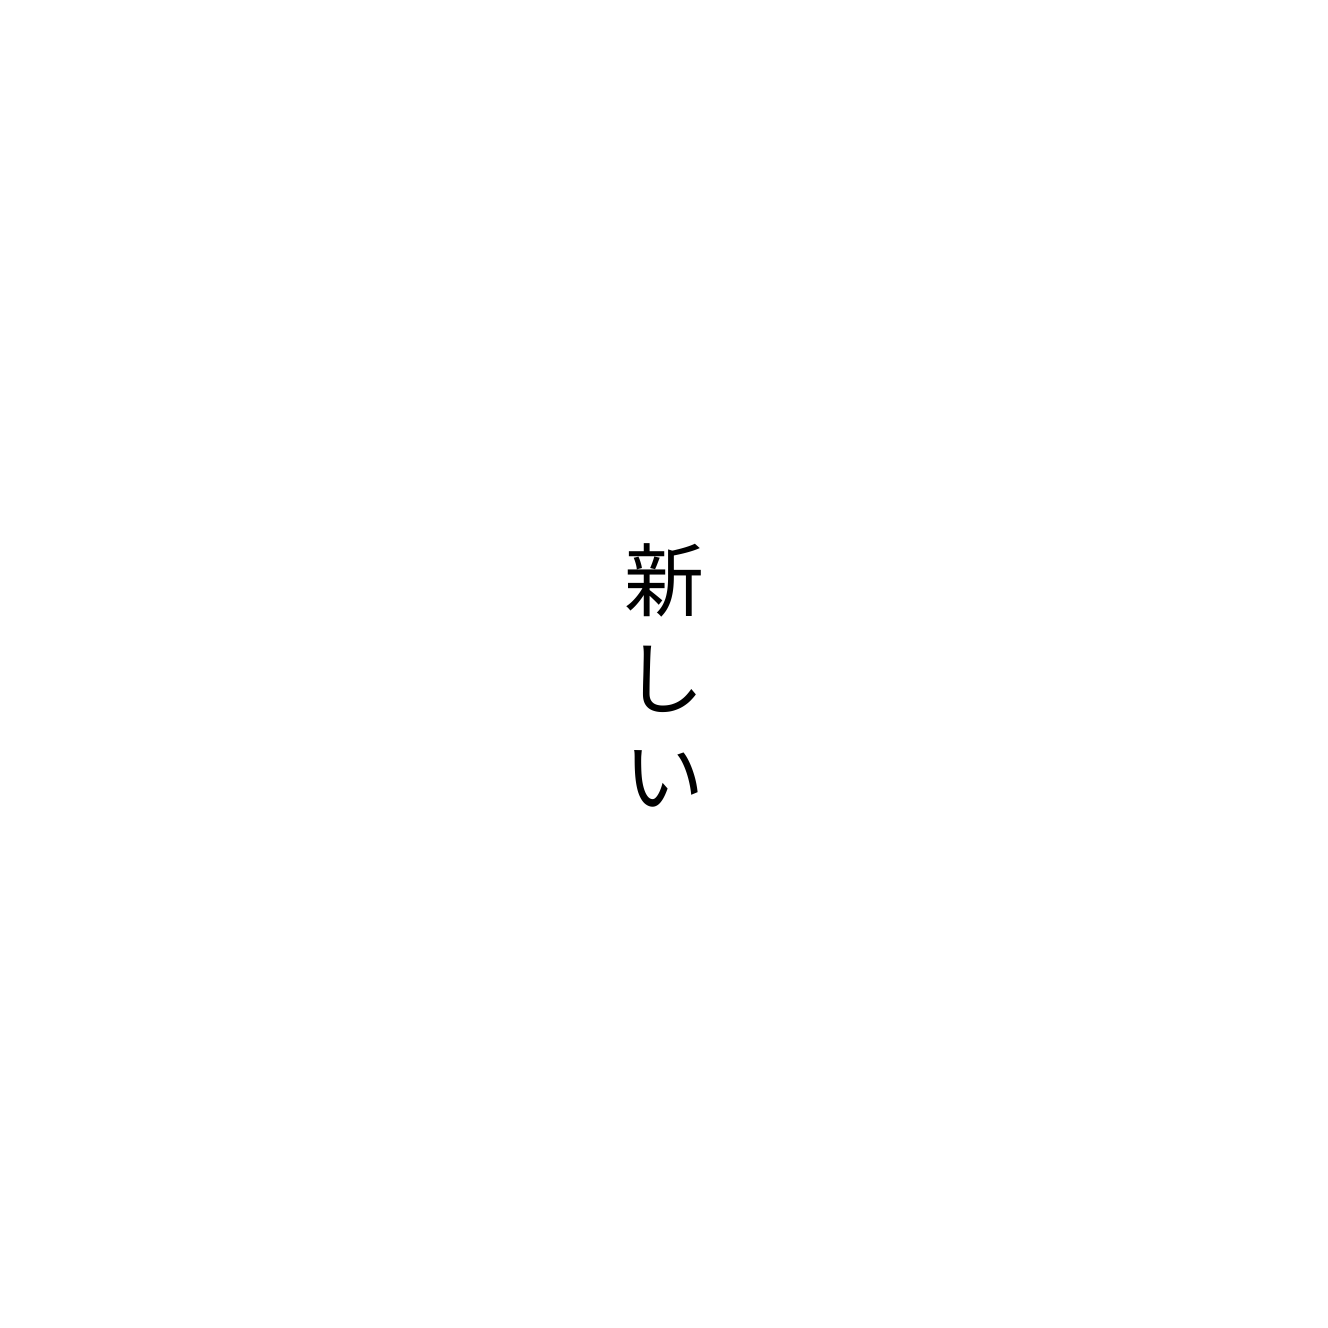
新しい